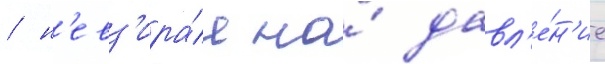
/ н'евз'ира́я на́ давл'е́н'ие